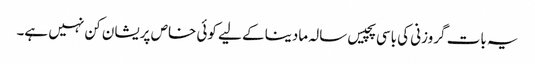
یہ بات گروزنی کی باسی پچیس سالہ مادینا کے لیے کوئی خاص پریشان کن نہیں ہے۔